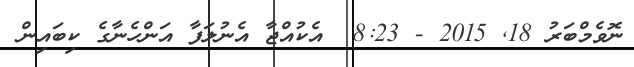
ނޮވެމްބަރު 18